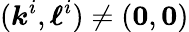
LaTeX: (\boldsymbol{k}^{i},\boldsymbol{\ell}^{i})\neq(\boldsymbol{0},\boldsymbol{0})